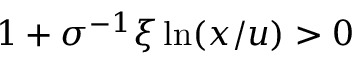
1 + \sigma ^ { - 1 } \xi \ln ( x / u ) > 0